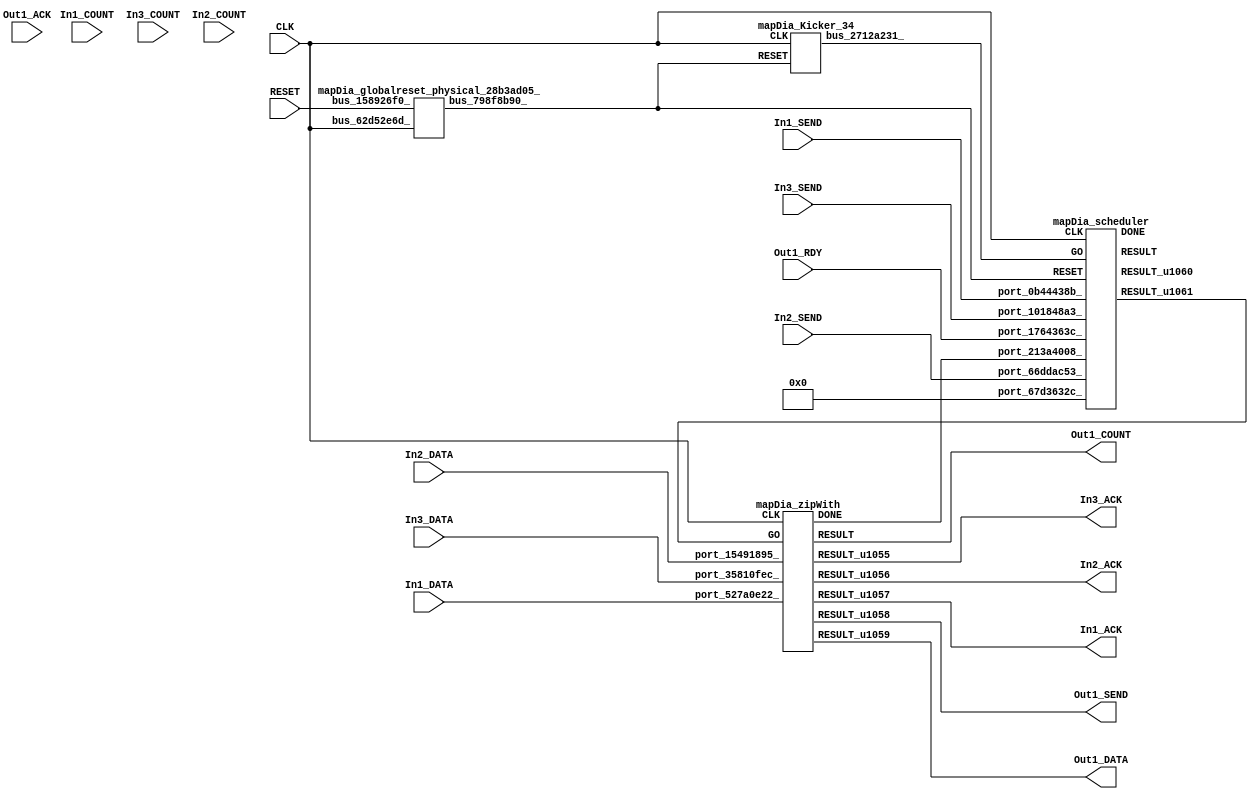
// __  ___ __ ___  _ __   ___  ___ 
// \ \/ / '__/ _ \| '_ \ / _ \/ __|
//  >  <| | | (_) | | | | (_) \__ \
// /_/\_\_|  \___/|_| |_|\___/|___/
// 
// Xronos synthesizer version
// Run date: Thu 2 Nov 2017 13:58:38 +0000
// 

module mapDia(In3_SEND, In1_COUNT, In3_COUNT, RESET, In2_COUNT, In1_DATA, Out1_COUNT, In2_DATA, Out1_RDY, In2_ACK, In3_ACK, In2_SEND, CLK, Out1_ACK, In1_SEND, In1_ACK, Out1_DATA, Out1_SEND, In3_DATA);
input		In3_SEND;
input	[15:0]	In1_COUNT;
input	[15:0]	In3_COUNT;
input		RESET;
wire		zipWith_done;
input	[15:0]	In2_COUNT;
input	[15:0]	In1_DATA;
output	[15:0]	Out1_COUNT;
input	[15:0]	In2_DATA;
input		Out1_RDY;
output		In2_ACK;
wire		zipWith_go;
output		In3_ACK;
input		In2_SEND;
input		CLK;
input		Out1_ACK;
input		In1_SEND;
output		In1_ACK;
output	[15:0]	Out1_DATA;
output		Out1_SEND;
input	[15:0]	In3_DATA;
wire		bus_6243b009_;
wire		mapDia_zipWith_instance_DONE;
wire		zipWith_u0;
wire		zipWith_u3;
wire	[15:0]	zipWith_u4;
wire		zipWith_u2;
wire		zipWith_u1;
wire	[15:0]	zipWith;
wire		bus_798f8b90_;
wire	[31:0]	bus_6bcdc5db_;
wire		bus_2712a231_;
wire		scheduler;
wire	[31:0]	scheduler_u161;
wire		mapDia_scheduler_instance_DONE;
wire		scheduler_u162;
assign zipWith_done=bus_6243b009_;
assign Out1_COUNT=zipWith;
assign In2_ACK=zipWith_u1;
assign zipWith_go=scheduler_u162;
assign In3_ACK=zipWith_u0;
assign In1_ACK=zipWith_u2;
assign Out1_DATA=zipWith_u4;
assign Out1_SEND=zipWith_u3;
assign bus_6243b009_=mapDia_zipWith_instance_DONE&{1{mapDia_zipWith_instance_DONE}};
mapDia_zipWith mapDia_zipWith_instance(.CLK(CLK), .GO(zipWith_go), .port_15491895_(In2_DATA), 
  .port_35810fec_(In3_DATA), .port_527a0e22_(In1_DATA), .DONE(mapDia_zipWith_instance_DONE), 
  .RESULT(zipWith), .RESULT_u1055(zipWith_u0), .RESULT_u1056(zipWith_u1), .RESULT_u1057(zipWith_u2), 
  .RESULT_u1058(zipWith_u3), .RESULT_u1059(zipWith_u4));
mapDia_globalreset_physical_28b3ad05_ mapDia_globalreset_physical_28b3ad05__1(.bus_62d52e6d_(CLK), 
  .bus_158926f0_(RESET), .bus_798f8b90_(bus_798f8b90_));
mapDia_stateVar_fsmState_mapDia mapDia_stateVar_fsmState_mapDia_1(.bus_32c6849b_(CLK), 
  .bus_1c48f7ed_(bus_798f8b90_), .bus_523dabe0_(scheduler), .bus_0f757d89_(32'h0), 
  .bus_6bcdc5db_(bus_6bcdc5db_));
mapDia_Kicker_34 mapDia_Kicker_34_1(.CLK(CLK), .RESET(bus_798f8b90_), .bus_2712a231_(bus_2712a231_));
mapDia_scheduler mapDia_scheduler_instance(.CLK(CLK), .RESET(bus_798f8b90_), .GO(bus_2712a231_), 
  .port_67d3632c_(32'h0), .port_101848a3_(In3_SEND), .port_1764363c_(Out1_RDY), 
  .port_66ddac53_(In2_SEND), .port_0b44438b_(In1_SEND), .port_213a4008_(zipWith_done), 
  .DONE(mapDia_scheduler_instance_DONE), .RESULT(scheduler), .RESULT_u1060(scheduler_u161), 
  .RESULT_u1061(scheduler_u162));
endmodule



module mapDia_zipWith(CLK, GO, port_15491895_, port_35810fec_, port_527a0e22_, RESULT, RESULT_u1055, RESULT_u1056, RESULT_u1057, RESULT_u1058, RESULT_u1059, DONE);
input		CLK;
input		GO;
input	[15:0]	port_15491895_;
input	[15:0]	port_35810fec_;
input	[15:0]	port_527a0e22_;
output	[15:0]	RESULT;
output		RESULT_u1055;
output		RESULT_u1056;
output		RESULT_u1057;
output		RESULT_u1058;
output	[15:0]	RESULT_u1059;
output		DONE;
wire		simplePinWrite;
wire		simplePinWrite_u302;
wire		simplePinWrite_u303;
wire	[10:0]	add;
wire	[13:0]	add_u63;
wire		simplePinWrite_u304;
wire	[15:0]	simplePinWrite_u305;
wire	[15:0]	simplePinWrite_u306;
assign simplePinWrite=GO&{1{GO}};
assign simplePinWrite_u302=GO&{1{GO}};
assign simplePinWrite_u303=GO&{1{GO}};
assign add=port_15491895_[10:0]+{port_35810fec_[8:0], 2'b0};
assign add_u63=port_527a0e22_[13:0]+{add, 3'b0};
assign simplePinWrite_u304=GO&{1{GO}};
assign simplePinWrite_u305=16'h1&{16{1'h1}};
assign simplePinWrite_u306={add_u63, 2'b0};
assign RESULT=simplePinWrite_u305;
assign RESULT_u1055=simplePinWrite_u303;
assign RESULT_u1056=simplePinWrite_u302;
assign RESULT_u1057=simplePinWrite;
assign RESULT_u1058=simplePinWrite_u304;
assign RESULT_u1059=simplePinWrite_u306;
assign DONE=GO;
endmodule



module mapDia_globalreset_physical_28b3ad05_(bus_62d52e6d_, bus_158926f0_, bus_798f8b90_);
input		bus_62d52e6d_;
input		bus_158926f0_;
output		bus_798f8b90_;
reg		glitch_u30=1'h0;
reg		sample_u30=1'h0;
wire		or_7e2f159c_u0;
reg		final_u30=1'h1;
reg		cross_u30=1'h0;
wire		and_4c6a40b4_u0;
wire		not_6bfcf043_u0;
always @(posedge bus_62d52e6d_)
begin
glitch_u30<=cross_u30;
end
always @(posedge bus_62d52e6d_)
begin
sample_u30<=1'h1;
end
assign or_7e2f159c_u0=bus_158926f0_|final_u30;
assign bus_798f8b90_=or_7e2f159c_u0;
always @(posedge bus_62d52e6d_)
begin
final_u30<=not_6bfcf043_u0;
end
always @(posedge bus_62d52e6d_)
begin
cross_u30<=sample_u30;
end
assign and_4c6a40b4_u0=cross_u30&glitch_u30;
assign not_6bfcf043_u0=~and_4c6a40b4_u0;
endmodule



module mapDia_endianswapper_6bd8176d_(endianswapper_6bd8176d_in, endianswapper_6bd8176d_out);
input	[31:0]	endianswapper_6bd8176d_in;
output	[31:0]	endianswapper_6bd8176d_out;
assign endianswapper_6bd8176d_out=32'h0;
endmodule



module mapDia_endianswapper_598bb633_(endianswapper_598bb633_in, endianswapper_598bb633_out);
input	[31:0]	endianswapper_598bb633_in;
output	[31:0]	endianswapper_598bb633_out;
assign endianswapper_598bb633_out=32'h0;
endmodule



module mapDia_stateVar_fsmState_mapDia(bus_32c6849b_, bus_1c48f7ed_, bus_523dabe0_, bus_0f757d89_, bus_6bcdc5db_);
input		bus_32c6849b_;
input		bus_1c48f7ed_;
input		bus_523dabe0_;
input	[31:0]	bus_0f757d89_;
output	[31:0]	bus_6bcdc5db_;
wire	[31:0]	endianswapper_6bd8176d_out;
wire	[31:0]	endianswapper_598bb633_out;
assign bus_6bcdc5db_=32'h0;
mapDia_endianswapper_6bd8176d_ mapDia_endianswapper_6bd8176d__1(.endianswapper_6bd8176d_in(32'h0), 
  .endianswapper_6bd8176d_out(endianswapper_6bd8176d_out));
mapDia_endianswapper_598bb633_ mapDia_endianswapper_598bb633__1(.endianswapper_598bb633_in(32'h0), 
  .endianswapper_598bb633_out(endianswapper_598bb633_out));
endmodule



module mapDia_Kicker_34(CLK, RESET, bus_2712a231_);
input		CLK;
input		RESET;
output		bus_2712a231_;
wire		bus_570c25ed_;
reg		kicker_2=1'h0;
wire		bus_40ff2a55_;
wire		bus_20b2d85e_;
reg		kicker_1=1'h0;
reg		kicker_res=1'h0;
wire		bus_3def12cd_;
assign bus_570c25ed_=~RESET;
always @(posedge CLK)
begin
kicker_2<=bus_20b2d85e_;
end
assign bus_40ff2a55_=~kicker_2;
assign bus_20b2d85e_=bus_570c25ed_&kicker_1;
always @(posedge CLK)
begin
kicker_1<=bus_570c25ed_;
end
assign bus_2712a231_=kicker_res;
always @(posedge CLK)
begin
kicker_res<=bus_3def12cd_;
end
assign bus_3def12cd_=kicker_1&bus_570c25ed_&bus_40ff2a55_;
endmodule



module mapDia_scheduler(CLK, RESET, GO, port_67d3632c_, port_101848a3_, port_1764363c_, port_66ddac53_, port_0b44438b_, port_213a4008_, RESULT, RESULT_u1060, RESULT_u1061, DONE);
input		CLK;
input		RESET;
input		GO;
input	[31:0]	port_67d3632c_;
input		port_101848a3_;
input		port_1764363c_;
input		port_66ddac53_;
input		port_0b44438b_;
input		port_213a4008_;
output		RESULT;
output	[31:0]	RESULT_u1060;
output		RESULT_u1061;
output		DONE;
wire		andOp;
wire		andOp_u111;
wire signed	[31:0]	equals_b_signed;
wire		equals;
wire signed	[31:0]	equals_a_signed;
wire		not_u336_u0;
wire		and_u1718_u0;
wire		and_u1719_u0;
wire		not_u337_u0;
wire		and_u1720_u0;
wire		and_u1721_u0;
wire		not_u338_u0;
wire		and_u1722_u0;
wire		and_u1723_u0;
wire		simplePinWrite;
wire		and_u1724_u0;
wire		and_u1725_u0;
wire		and_u1726_u0;
wire		and_u1727_u0;
reg		and_delayed_u117=1'h0;
wire		or_u473_u0;
reg		reg_5fe52db1_u0=1'h0;
reg		reg_5fe52db1_result_delayed_u0=1'h0;
wire		or_u474_u0;
assign andOp=port_0b44438b_&port_66ddac53_;
assign andOp_u111=andOp&port_101848a3_;
assign equals_a_signed=32'h0;
assign equals_b_signed=32'h0;
assign equals=equals_a_signed==equals_b_signed;
assign not_u336_u0=~equals;
assign and_u1718_u0=and_u1727_u0&not_u336_u0;
assign and_u1719_u0=and_u1727_u0&equals;
assign not_u337_u0=~andOp_u111;
assign and_u1720_u0=and_u1726_u0&andOp_u111;
assign and_u1721_u0=and_u1726_u0&not_u337_u0;
assign not_u338_u0=~port_1764363c_;
assign and_u1722_u0=and_u1725_u0&port_1764363c_;
assign and_u1723_u0=and_u1725_u0&not_u338_u0;
assign simplePinWrite=and_u1724_u0&{1{and_u1724_u0}};
assign and_u1724_u0=and_u1722_u0&and_u1725_u0;
assign and_u1725_u0=and_u1720_u0&and_u1726_u0;
assign and_u1726_u0=and_u1719_u0&and_u1727_u0;
assign and_u1727_u0=or_u473_u0&or_u473_u0;
always @(posedge CLK or posedge RESET)
begin
if (RESET)
and_delayed_u117<=1'h0;
else and_delayed_u117<=and_u1727_u0;
end
assign or_u473_u0=and_delayed_u117|reg_5fe52db1_result_delayed_u0;
always @(posedge CLK or posedge RESET)
begin
if (RESET)
reg_5fe52db1_u0<=1'h0;
else reg_5fe52db1_u0<=GO;
end
always @(posedge CLK or posedge RESET)
begin
if (RESET)
reg_5fe52db1_result_delayed_u0<=1'h0;
else reg_5fe52db1_result_delayed_u0<=reg_5fe52db1_u0;
end
assign or_u474_u0=GO|and_u1724_u0;
assign RESULT=or_u474_u0;
assign RESULT_u1060=32'h0;
assign RESULT_u1061=simplePinWrite;
assign DONE=1'h0;
endmodule